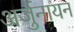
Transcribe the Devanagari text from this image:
अर्जुनायन